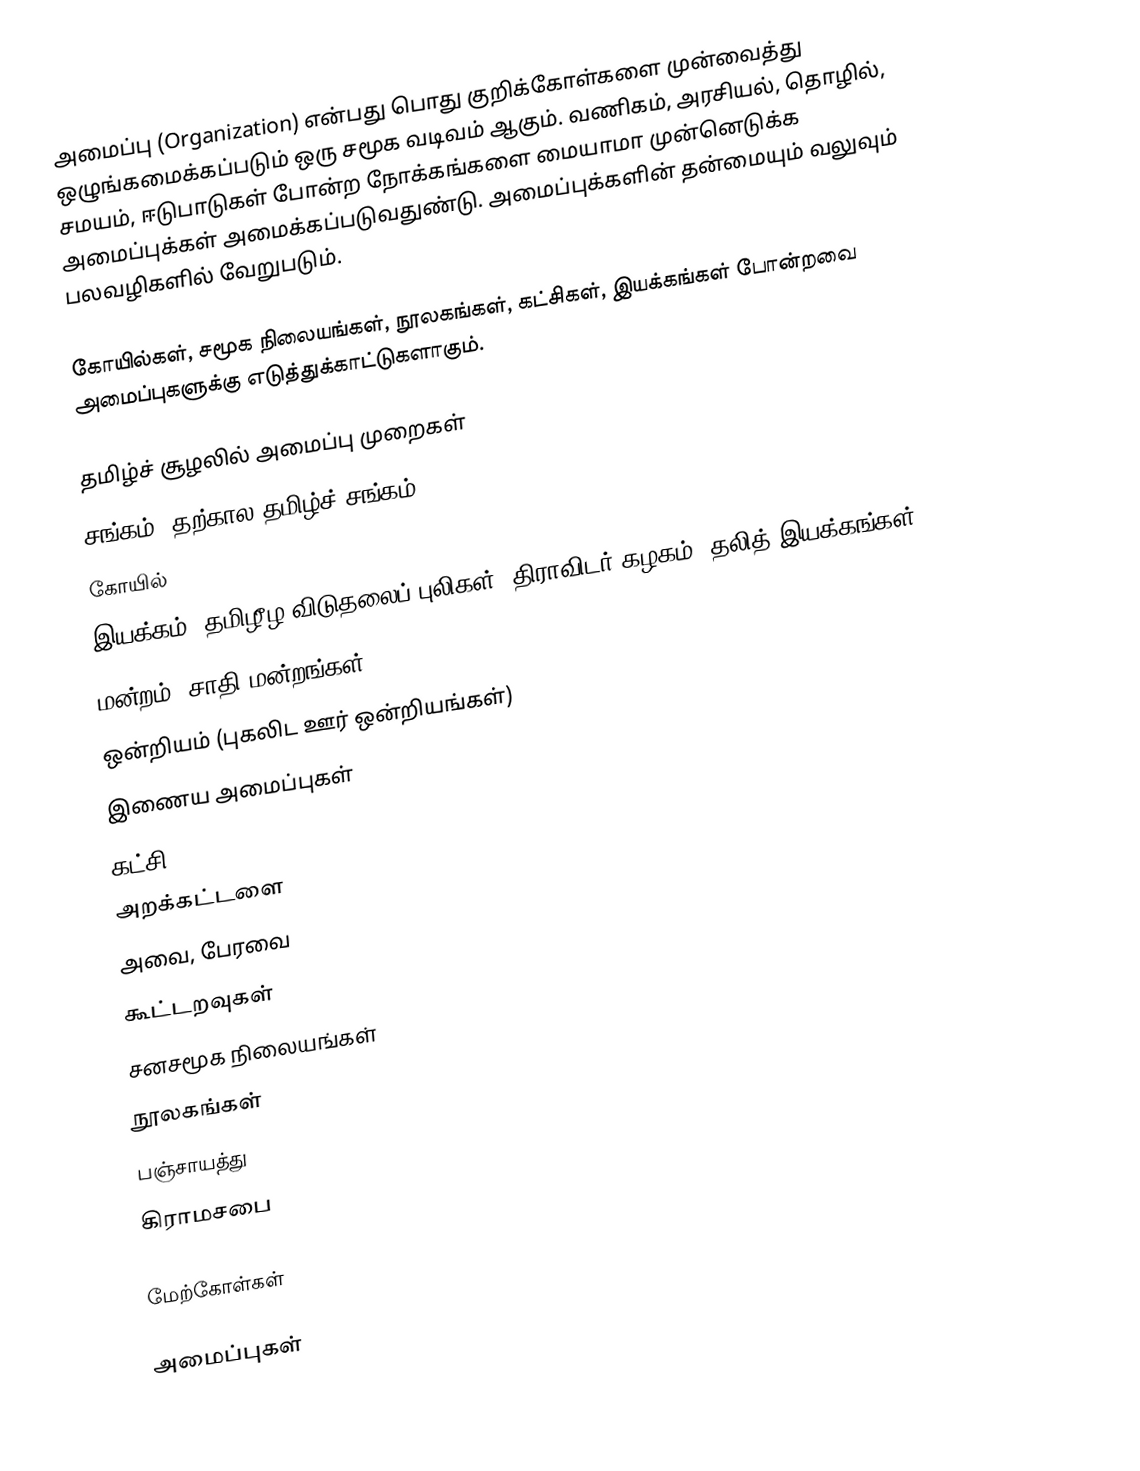
அமைப்பு (Organization) என்பது பொது குறிக்கோள்களை முன்வைத்து ஒழுங்கமைக்கப்படும் ஒரு சமூக வடிவம் ஆகும். வணிகம், அரசியல், தொழில், சமயம், ஈடுபாடுகள் போன்ற நோக்கங்களை மையாமா முன்னெடுக்க அமைப்புக்கள் அமைக்கப்படுவதுண்டு. அமைப்புக்களின் தன்மையும் வலுவும் பலவழிகளில் வேறுபடும்.

கோயில்கள், சமூக நிலையங்கள், நூலகங்கள், கட்சிகள், இயக்கங்கள் போன்றவை அமைப்புகளுக்கு எடுத்துக்காட்டுகளாகும்.

தமிழ்ச் சூழலில் அமைப்பு முறைகள்
 சங்கம் (தற்கால தமிழ்ச் சங்கம்)
 கோயில்
 இயக்கம் (தமிழீழ விடுதலைப் புலிகள், திராவிடர் கழகம், தலித் இயக்கங்கள்)
 மன்றம் (சாதி மன்றங்கள்)
 ஒன்றியம் (புகலிட ஊர் ஒன்றியங்கள்)
 இணைய அமைப்புகள்
 கட்சி
 அறக்கட்டளை
 அவை, பேரவை
 கூட்டறவுகள்
 சனசமூக நிலையங்கள்
 நூலகங்கள்
 பஞ்சாயத்து
 கிராமசபை

மேற்கோள்கள்

அமைப்புகள்